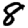
Digit: 8